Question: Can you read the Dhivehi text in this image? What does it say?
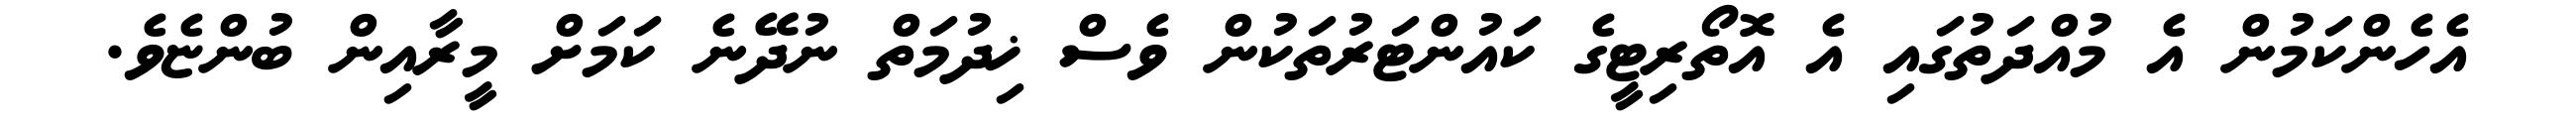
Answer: އެހެންކަމުން އެ މުއްދަތުގައި އެ އޮތޯރިޓީގެ ކައުންޓަރުތަކުން ވެސް ޚިދުމަތް ނުދޭނެ ކަމަށް މީރާއިން ބުންޏެވެ.